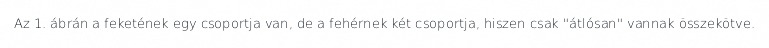
Az 1. ábrán a feketének egy csoportja van, de a fehérnek két csoportja, hiszen csak "átlósan" vannak összekötve.